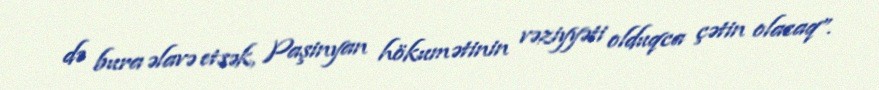
də bura əlavə etsək, Paşinyan hökumətinin vəziyyəti olduqca çətin olacaq”.